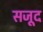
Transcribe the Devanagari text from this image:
सजूद